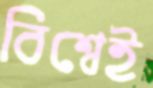
বিশ্বেই